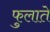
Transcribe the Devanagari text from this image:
फुलाते